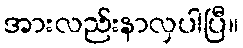
အားလည်းနာလှပါပြီ။